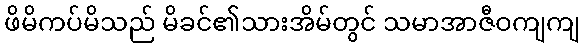
ဖိမိကပ်မိသည် မိခင်၏သားအိမ်တွင် သမာအာဇီဝကျကျ